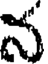
న